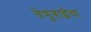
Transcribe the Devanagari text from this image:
वेणूबाईचा